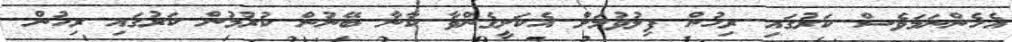
އެހެންނަމަވެސް ކަރުގައި ރިހުން ފިލުވުމަށް އެކަށީގެންވާ ކާނާ ބޭނުން ކުރުމުން ކަރުގައި ރިހުން